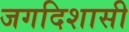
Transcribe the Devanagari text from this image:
जगदिशासी